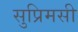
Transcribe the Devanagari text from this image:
सुप्रिमसी